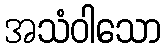
အသံဝါသော